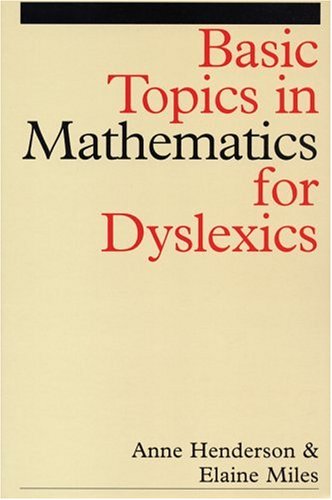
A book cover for Basic Topics in Mathematics For Dyslexics; Anne Henderson; Health, Fitness & Dieting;